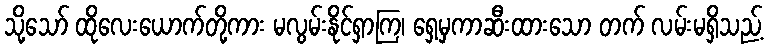
သို့သော် ထိုလေးယောက်တို့ကား မလွမ်းနိုင်ရှာကြ၊ ရှေ့မှကာဆီးထားသော တက် လမ်းမရှိသည့်